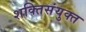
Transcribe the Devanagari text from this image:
शक्तिसंयुक्त